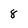
Character: 8